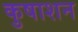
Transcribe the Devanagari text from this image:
कुषाशन